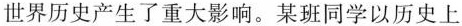
世界历史产生了重大影响。某班同学以历史上